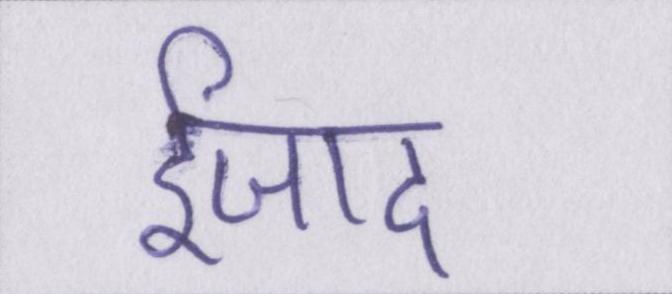
ईजाद